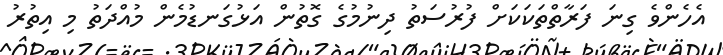
އެހެންވެ ގިނަ ފަރާތްތަކަކަށް ފުރުސަތު ދިނުމުގެ ގޮތުން އަޅުގަނޑުމެން މުއްދަތު މި އިތުރު